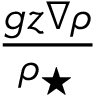
\frac { g z \nabla \rho } { \rho _ { \star } }